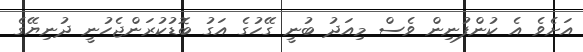
އަށެވެ އެ ކުންފުނިން ވެސް މިއަދު ބުނީ ގޭހުގެ އަގު ބޮޑުކުރަންޖެހުނީ ދުނިޔޭގެ